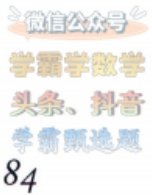
微信公众号

学霸学数学

头条、抖音

学霸刷选题

84